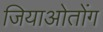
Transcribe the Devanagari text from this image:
जियाओतोंग